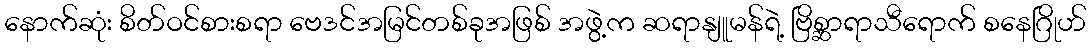
နောက်ဆုံး စိတ်ဝင်စားစရာ ဗေဒင်အမြင်တစ်ခုအဖြစ် အဖွဲ့က ဆရာနျူမန်ရဲ့ ဗြိစ္ဆာရာသီရောက် စနေဂြိုဟ်